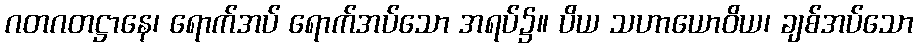
ဂတဂတဋ္ဌာနေ၊ ရောက်အပ် ရောက်အပ်သော အရပ်၌။ ပိယ သဟာယောဝိယ၊ ချစ်အပ်သော